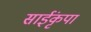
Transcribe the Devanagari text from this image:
साईंकृपा